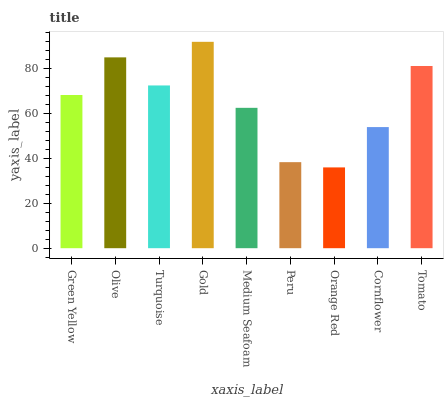
| xaxis_label | bars |
 | --- | --- |
 | Green Yellow | 68.2 |
 | Olive | 84.9 |
 | Turquoise | 72.4 |
 | Gold | 91.8 |
 | Medium Seafoam | 62.4 |
 | Peru | 38.3 |
 | Orange Red | 35.9 |
 | Cornflower | 53.9 |
 | Tomato | 81.1 |